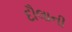
દૌલાની